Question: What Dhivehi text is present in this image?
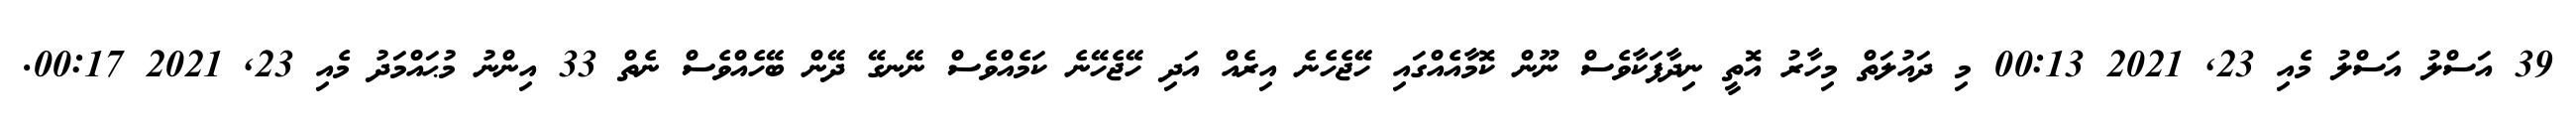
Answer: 39 އަސްލު އަސްލު މެއި 23, 2021 00:13 މި ދައުލަތް މިހާރު އޮތީ ނިދާފަކާވެސް ނޫން ކޮމާއެއްގައި ހޭޖެހެނެ އިރެއް އަދި ހޭޖެހޭނެ ކަމެއްވެސް ނޭނގޭ ދޭން ބޭހެއްވެސް ނެތް 33 އިންނު މުޙައްމަދު މެއި 23, 2021 00:17.